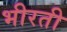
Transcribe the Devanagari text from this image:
भीरती